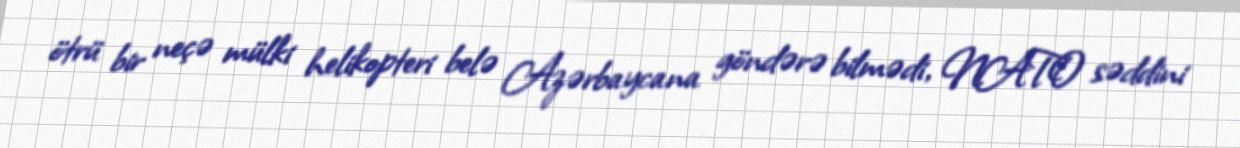
ötrü bir neçə mülki helikopteri belə Azərbaycana göndərə bilmədi, NATO səddini